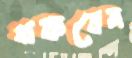
থকবেন